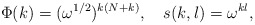
\begin{align*}\Phi(k)=(\omega^{1/2})^{k(N+k)},~~~ s(k,l)=\omega^{kl},\end{align*}